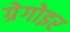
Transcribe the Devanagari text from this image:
ग्रेगोइर